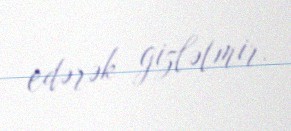
edərək gizlətmir.